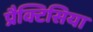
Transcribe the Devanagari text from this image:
प्रैक्टिसिया